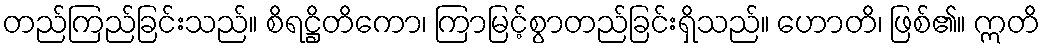
တည်ကြည်ခြင်းသည်။ စိရဋ္ဌိတိကော၊ ကြာမြင့်စွာတည်ခြင်းရှိသည်။ ဟောတိ၊ ဖြစ်၏။ ဣတိ